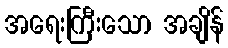
အရေးကြီးသော အချိန်